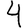
Digit: 4